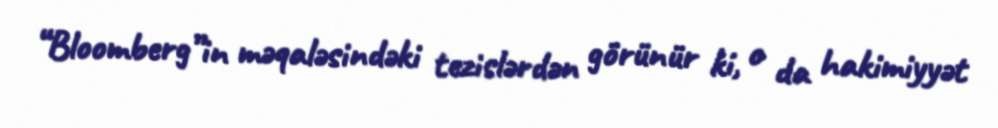
“Bloomberg”in məqaləsindəki tezislərdən görünür ki, o da hakimiyyət